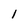
Character: l